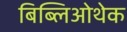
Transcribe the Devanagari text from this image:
बिब्लिओथेक